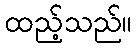
ထည့်သည်။